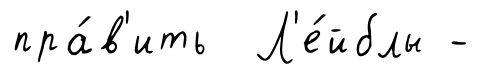
пра́в'ить Л'е́йблы -